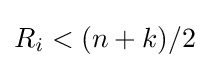
R_{i}<(n+k)/2